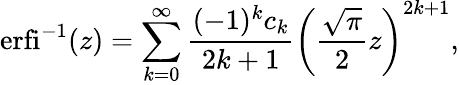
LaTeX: \operatorname{erfi}^{-1}(z)=\sum_{k=0}^{\infty}{\frac{(-1)^{k}c_{k}}{2k+1}}\left({\frac{\sqrt{\pi}}{2}}z\right)^{2k+1},